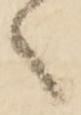
々